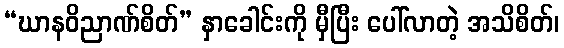
“ဃာနဝိညာဏ်စိတ်” နှာခေါင်းကို မှီပြီး ပေါ်လာတဲ့ အသိစိတ်၊